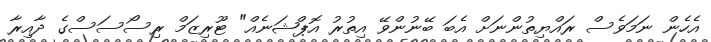
އެހެން ނަމަވެސް ރައްޔިތުންނަށް އެބަ ބޭނުންވޭ އިތުރު އޮޕްޝަނެއް" ޓޫރިޒަމް ރިސޯސަސްގެ ދާއިރާ